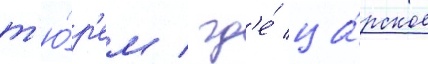
т'ю́р'ем / гд'е́ ца́рское